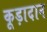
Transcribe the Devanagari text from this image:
कूड़ादान